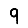
Digit: 9